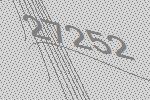
27252